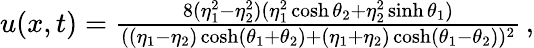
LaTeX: \begin{array}{r}{u(x,t)=\frac{8(\eta_{1}^{2}-\eta_{2}^{2})(\eta_{1}^{2}\cosh{\theta_{2}}+\eta_{2}^{2}\sinh{\theta_{1}})}{((\eta_{1}-\eta_{2})\cosh(\theta_{1}+\theta_{2})+(\eta_{1}+\eta_{2})\cosh(\theta_{1}-\theta_{2}))^{2}}\, ,}\end{array}